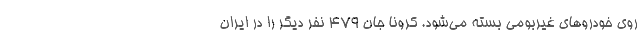
روی خودروهای غیربومی بسته می‌شود. کرونا جان ۴۷۹ نفر دیگر را در ایران